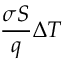
\frac { \sigma S } { q } \Delta T